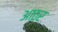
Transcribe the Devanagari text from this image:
आठर